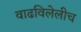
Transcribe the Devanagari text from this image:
वाढविलेलीच